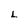
Character: L